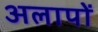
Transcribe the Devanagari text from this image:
अलापों